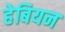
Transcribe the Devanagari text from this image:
हेबियन